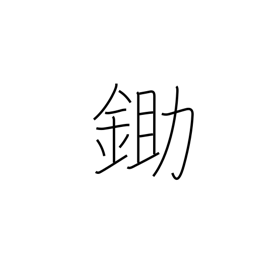
Meaning: plow